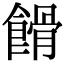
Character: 餶